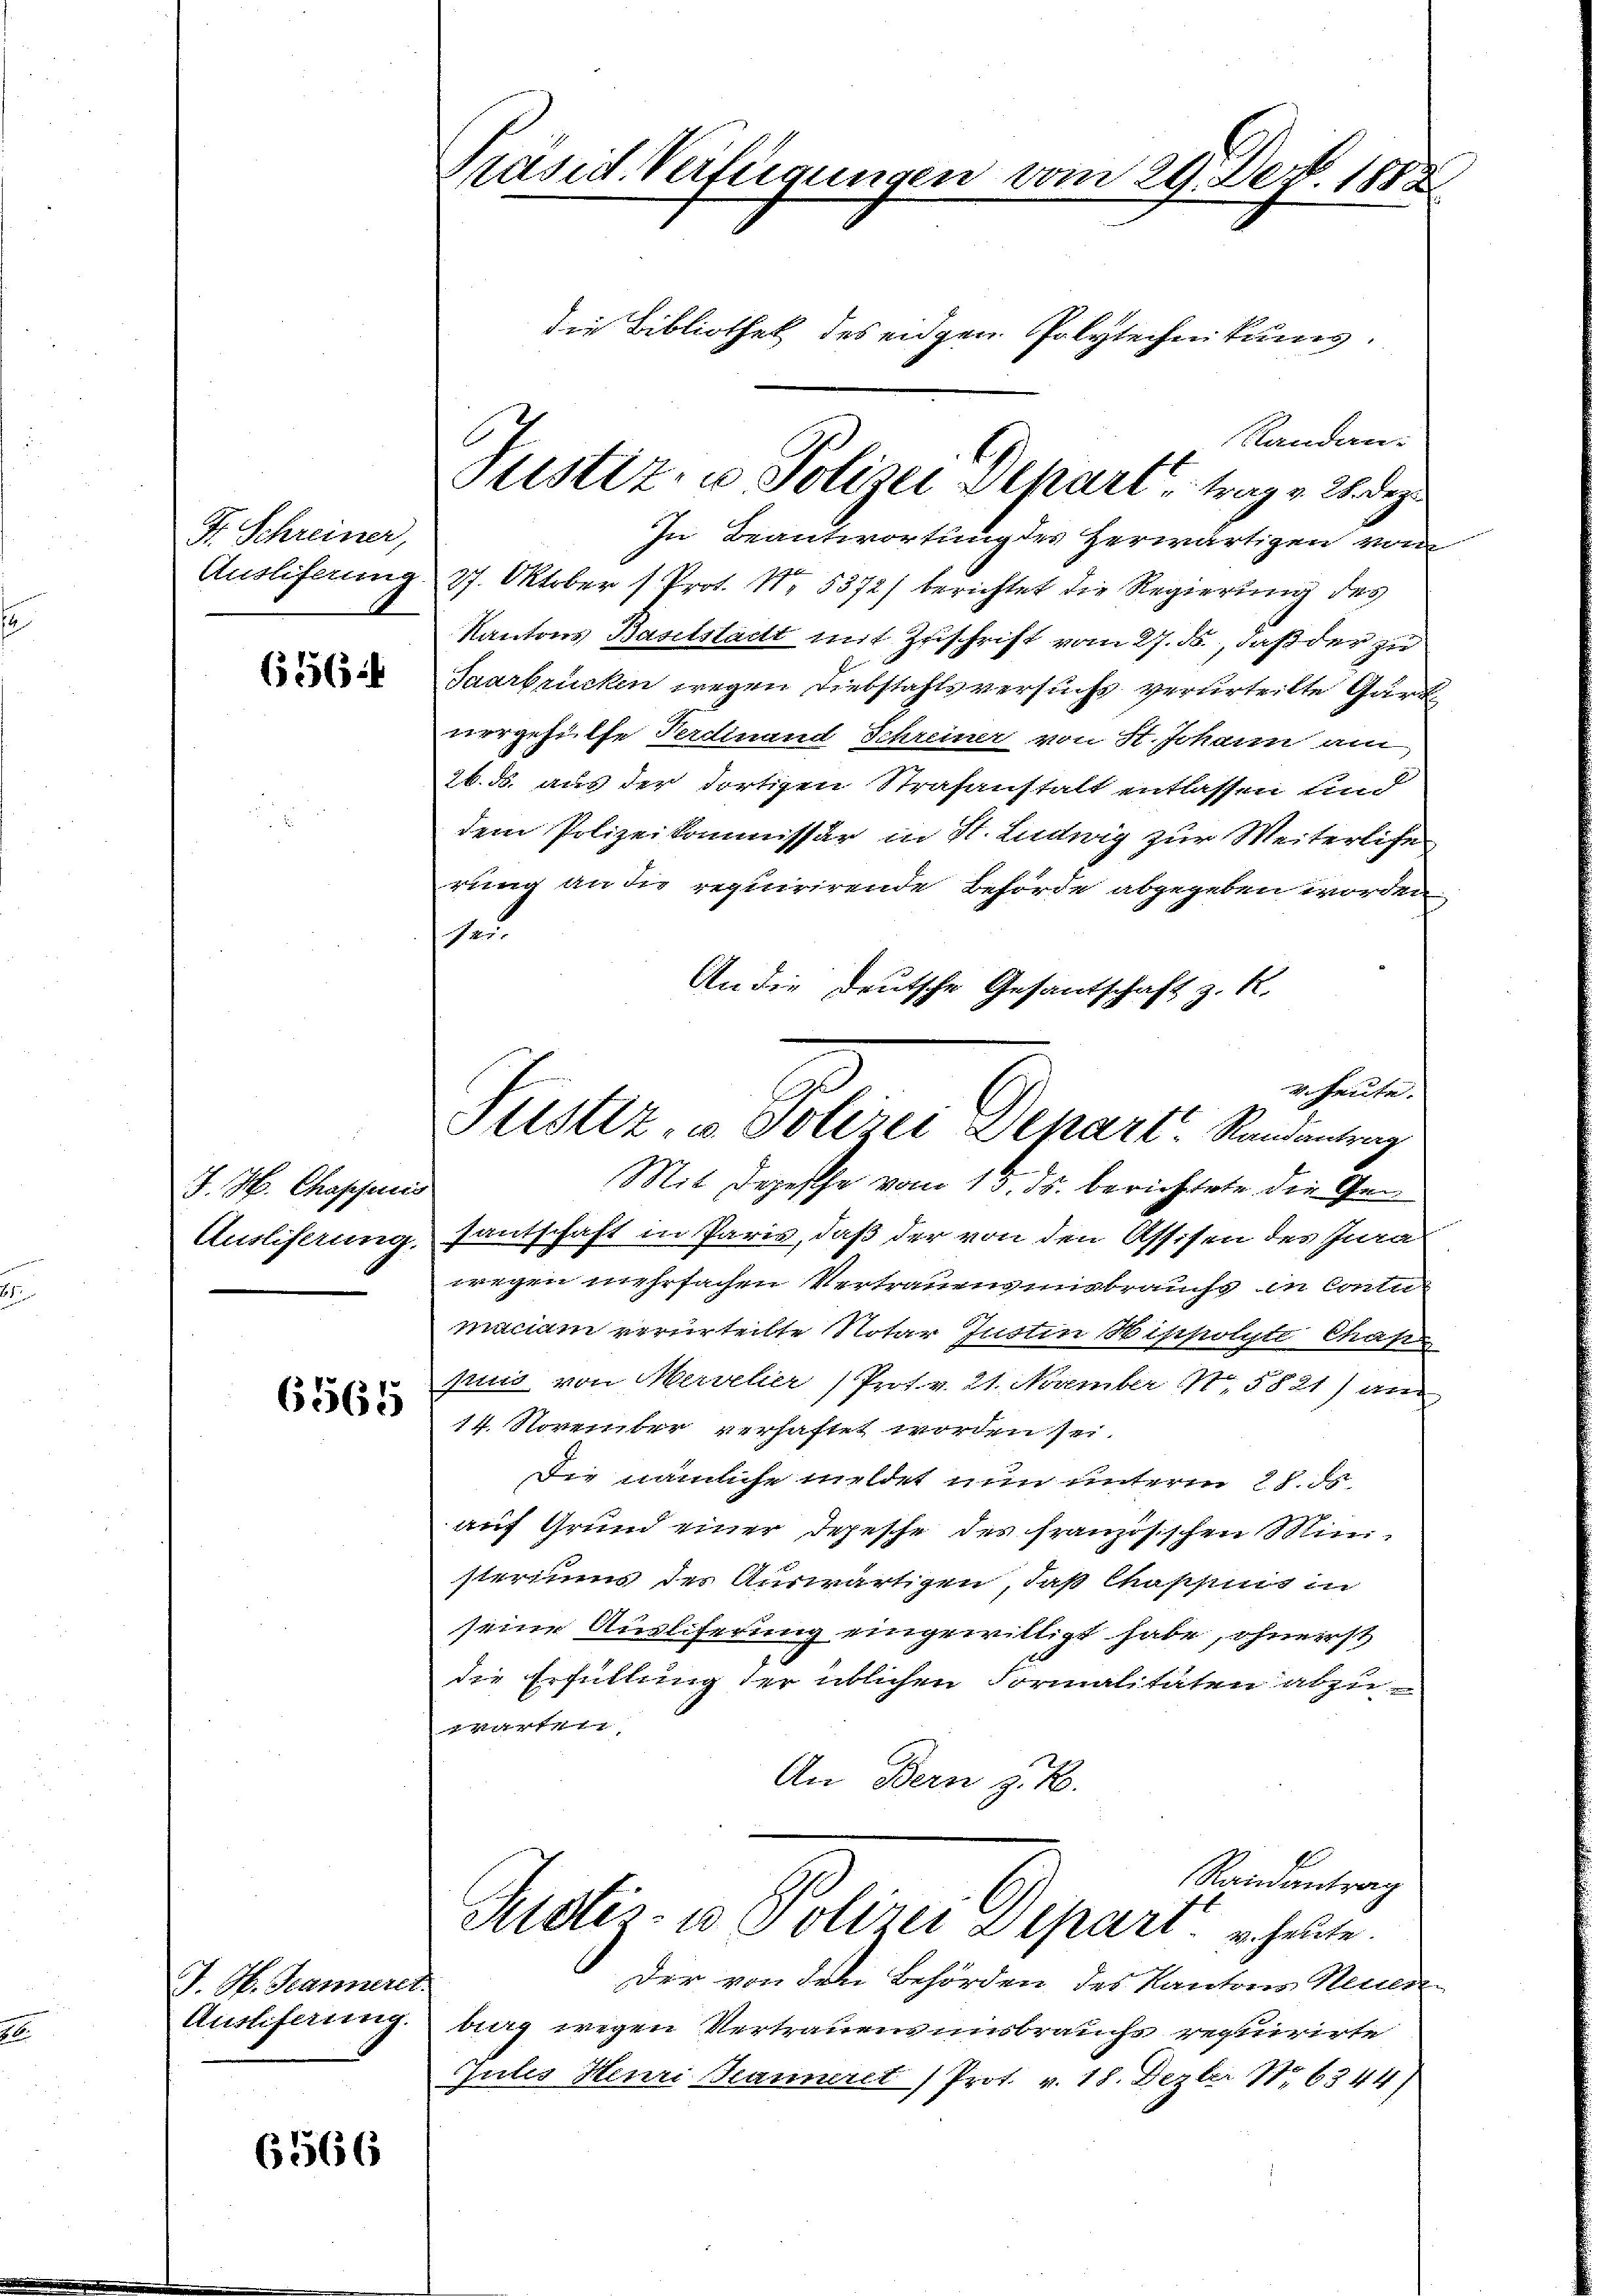
H. Schreiner,
Ausliferung

63665.

J. H. Chapfenis
Ausliferung.

6565

J. G. Hanneret.
Auslieferung.

6566

Präsid. Verfügungen vom 29. Dec. 1882.
die Bibliothek des eidgen Polytechnikums.
Randan¬

Justiz- u. Polizei Depart u. trag v. 2. Deze

In Beantwortung des Herwärtigen von
27. Oktober 1 Prot. Nr. 5372/ berichtet die Regierung des
Kantons Baselstadt mit Zuschrift vom 27. ds., daß der zu
Saarbrücken wegen Diebstahlsversuchs verurteilte Gärt
vorgehülfe Perdinand Schreiner von St. Johann am
26. ds. aus der dortigen Strafanstalt entlassen und
dem Polizeikommissär in St. Ludwig zur Weiterliche
rung an die requirirende Behörde abgegeben worden
hau
An die Deutsche Gesandschaft z. R.
santschaft in Paris, daß der von den Assisen des Jura
wegen mehrfachen Vertrauensmisbrauchs in Contur
maciam verurteilte Notar Justin Wippolyte Chas
sung von Merveler (Prot. v. 21. November 1. 5821) und
14. November verhaftet worden sei.
Die nämliche meldet nun unterm 28. ds.
auf Grund einer Depesche des französischen Mini-
steriums der Auswärtigen, daß Caschnis in
seine Ausliferung eingewilligt habe, ohnerst
die Erfüllung der üblichen Formalitäten abzu-
Aretirt
An Bern z. B.
Randantrag
Justiz- u. Polizei Depart er heute.
 der von den Behörden des Kantons Neuen
aag wegen Vertrauens insbrauchs requirirte
Jules Henri Kanneret Prot. v. 18. Dezter No 6344)

v. heute.
Stistiz- & Polizei Depart. Randantrag
Mit Depesche vom 15. ds. berichtete die Ge-